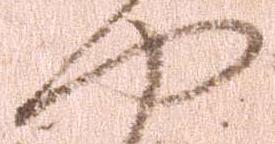
や